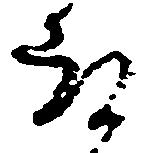
都